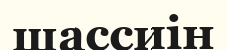
шассиін